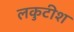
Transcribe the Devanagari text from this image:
लकुटीश